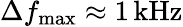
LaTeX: \Delta f_{\mathrm{max}}\approx 1\, \mathrm{kHz}